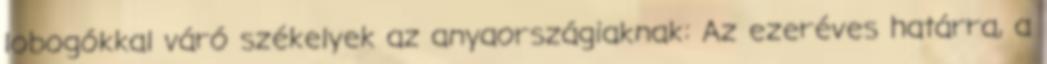
lobogókkal váró székelyek az anyaországiaknak: Az ezeréves határra, a